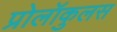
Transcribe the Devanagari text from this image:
प्रोलॉकुलस